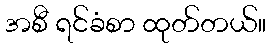
အစီ ရင်ခံစာ ထုတ်တယ်။